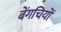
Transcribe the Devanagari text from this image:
बेंगचियों